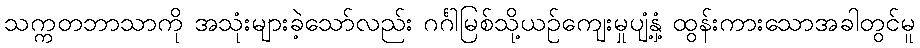
သက္ကတဘာသာကို အသုံးများခဲ့သော်လည်း ဂင်္ဂါမြစ်သို့ယဉ်ကျေးမှုပျံ့နှံ့ ထွန်းကားသောအခါတွင်မူ